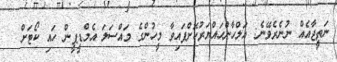
ނަތީޖާއެއް ނުނެރެވޭނެ: އަލްހާންހައްޔަރުކޮށްފައިވާ މީހުންގެ މައްސަލަ އެމްޑީޕީން ހައި ކޯޓަށް